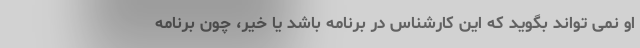
او نمی تواند بگوید که این کارشناس در برنامه باشد یا خیر، چون برنامه